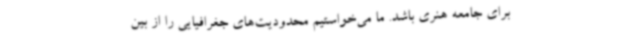
برای جامعه هنری باشد. ما می‌خواستیم محدودیت‌های جغرافیایی را از بین